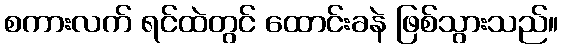
စကားလက် ရင်ထဲတွင် ထောင်းခနဲ ဖြစ်သွားသည်။